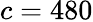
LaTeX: c=480